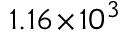
1 . 1 6 \! \times \! 1 0 ^ { 3 }